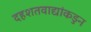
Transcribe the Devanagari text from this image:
दहशतवाद्यांकडुन